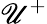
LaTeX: \mathscr{U}^{+}